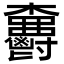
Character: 𣡫